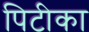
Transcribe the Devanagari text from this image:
पिटीका